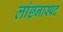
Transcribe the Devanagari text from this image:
लांछनास्‍पद